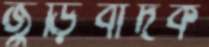
জুড়িবাদক